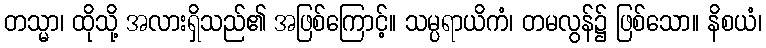
တသ္မာ၊ ထိုသို့ အလားရှိသည်၏ အဖြစ်ကြောင့်။ သမ္ပရာယိကံ၊ တမလွန်၌ ဖြစ်သော။ နိစယံ၊